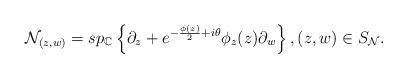
LaTeX: \begin{align*}\mathcal{N}_{(z, w)} = sp_{\mathbb{C}}\left\{\partial_z + e^{-{\phi(z) \over 2} + i\theta}\phi_z(z)\partial_w\right\}, (z, w) \in S_{\mathcal{N}}.\end{align*}